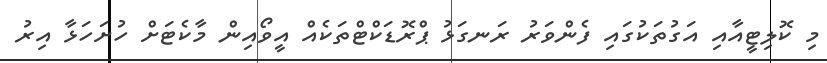
މި ކޮލިޓީއާއި އަގުތަކުގައި ފެންވަރު ރަނގަޅު ޕްރޮޑަކްޓްތަކެއް އީވޯއިން މާކެޓަށް ހުށަހަޅާ އިރު